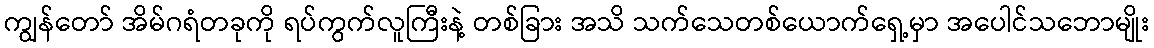
ကျွန်တော် အိမ်ဂရံတခုကို ရပ်ကွက်လူကြီးနဲ့ တစ်ခြား အသိ သက်သေတစ်ယောက်ရှေ့မှာ အပေါင်သဘောမျိုး